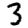
Digit: 3